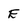
Character: E